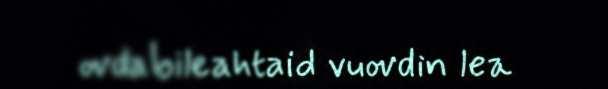
ovdabileahtaid vuovdin lea